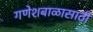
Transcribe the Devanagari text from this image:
गणेशबाळासाठी